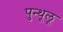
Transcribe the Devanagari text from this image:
पुन्थूलू